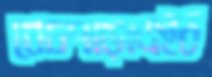
বেচপাড়াএইঠ